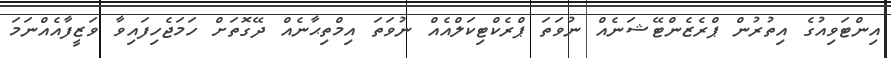
އިންޓަވިއުގެ އިތުރުން ޕްރެޒެންޓޭޝަނެއް ނުވަތަ ޕްރެކްޓިކަލްއެއް ނުވަތަ އިމްތިޙާނެއް ދޭގޮތަށް ހަމަޖެހިފައިވާ ވަޒީފާއެއްނަމަ